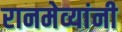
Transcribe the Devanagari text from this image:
रानमेव्यांनी